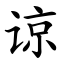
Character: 谅